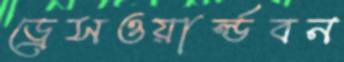
ড্রেসওয়ার্ল্ডবন